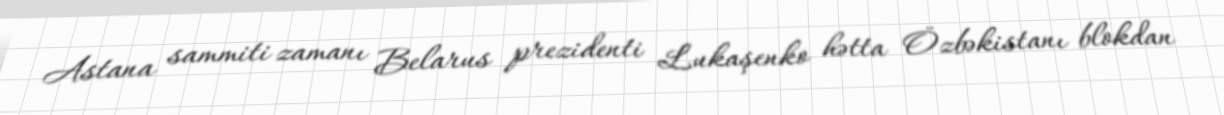
Astana sammiti zamanı Belarus prezidenti Lukaşenko hətta Özbəkistanı blokdan